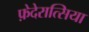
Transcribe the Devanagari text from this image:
फ़ेदेरात्सिया